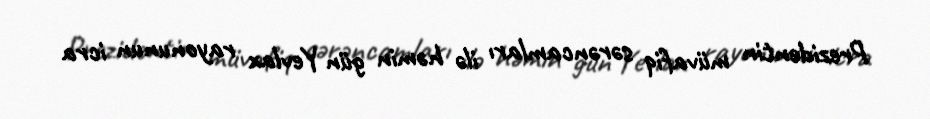
Prezidentin müvafiq sərəncamları ilə həmin gün Yevlax rayonunun icra